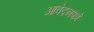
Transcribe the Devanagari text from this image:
आवेदनपत्रे